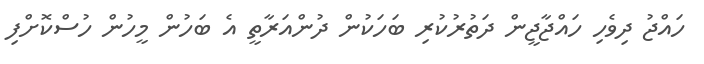
ހައްޖު ދިވެހި ހައްޖާޖީން ދަތުރުކުރި ބަހަކުން ދުންއަރާތީ އެ ބަހުން މީހުން ހުސްކޮށްފި